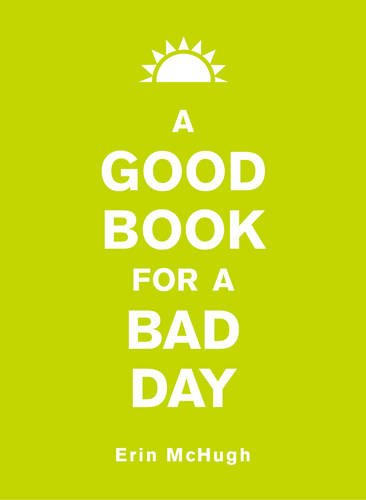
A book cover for A Good Book for a Bad Day; Erin McHugh; Reference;